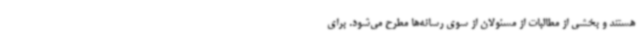
هستند و بخشی از مطالبات از مسئولان از سوی رسانه‌ها مطرح می‌شود. برای